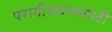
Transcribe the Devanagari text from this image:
परागीभवनासाठी